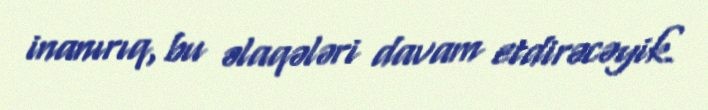
inanırıq, bu əlaqələri davam etdirəcəyik.